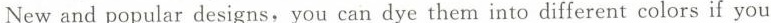
New and popular designs, you can dye them into different colors if you